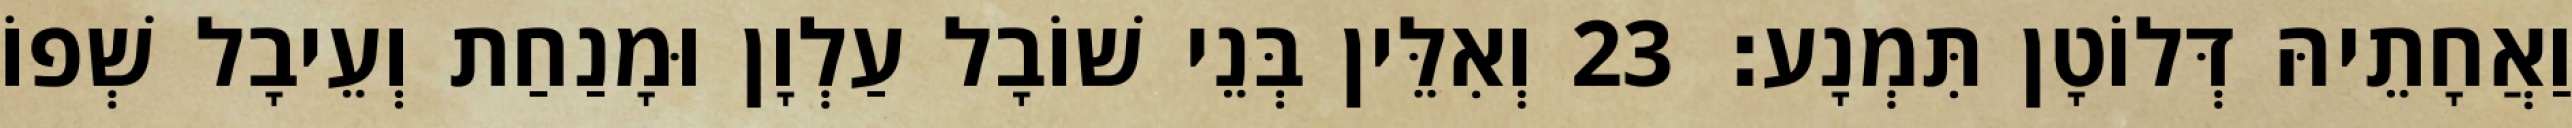
וַאֲחָתֵיהּ דְּלוֹטָן תִּמְנָע׃ 23 וְאִלֵּין בְּנֵי שׁוֹבָל עַלְוָן וּמָנַחַת וְעֵיבָל שְׁפוֹ